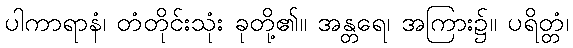
ပါကာရာနံ၊ တံတိုင်းသုံး ခုတို့၏။ အန္တရေ၊ အကြား၌။ ပရိတ္တံ၊